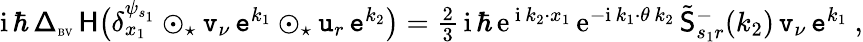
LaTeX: \begin{array}{r}{{\mathrm{i}}\, \hbar\, {\mathsf\Delta}_{\textrm{\tiny BV}}\, \mathsf{H}\big(\delta_{x_{1}}^{\psi_{s_{1}}}\odot_{\star}\mathtt{v}_{\nu}\, \mathtt{e}^{k_{1}}\odot_{\star}\mathtt{u}_{r}\, \mathtt{e}^{k_{2}}\big)=\frac 23\, {\mathrm{i}}\, \hbar\, {\mathrm{e}}^{\, {\mathrm{i}}\, k_{2}\cdot x_{1}}\, {\mathrm{e}}^{-{\mathrm{i}}\, k_{1}\cdot\theta\, k_{2}}\, \tilde{\mathsf{S}}_{s_{1}r}^{-}(k_{2})\, \mathtt{v}_{\nu}\, \mathtt{e}^{k_{1}}\ ,}\end{array}